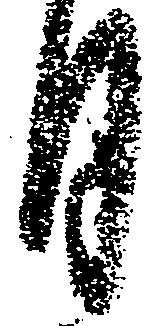
月